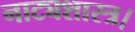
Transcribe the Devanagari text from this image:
नाट्यशास्त्र।